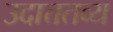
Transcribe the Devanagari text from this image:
उदात्ततव्य